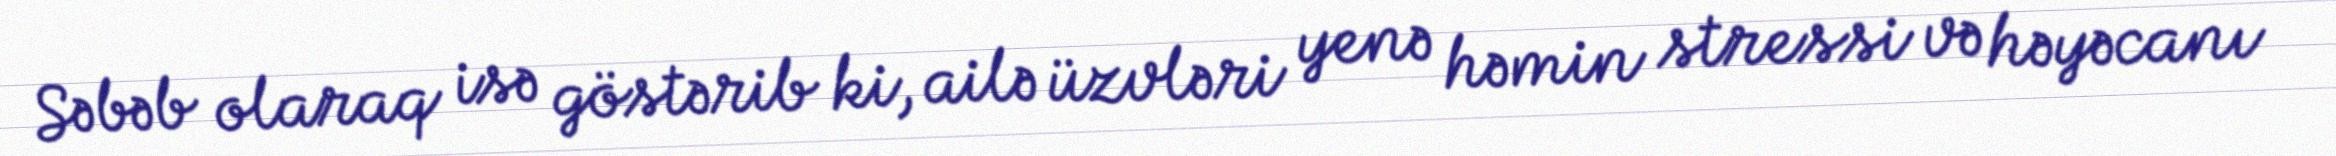
Səbəb olaraq isə göstərib ki, ailə üzvləri yenə həmin stressi və həyəcanı